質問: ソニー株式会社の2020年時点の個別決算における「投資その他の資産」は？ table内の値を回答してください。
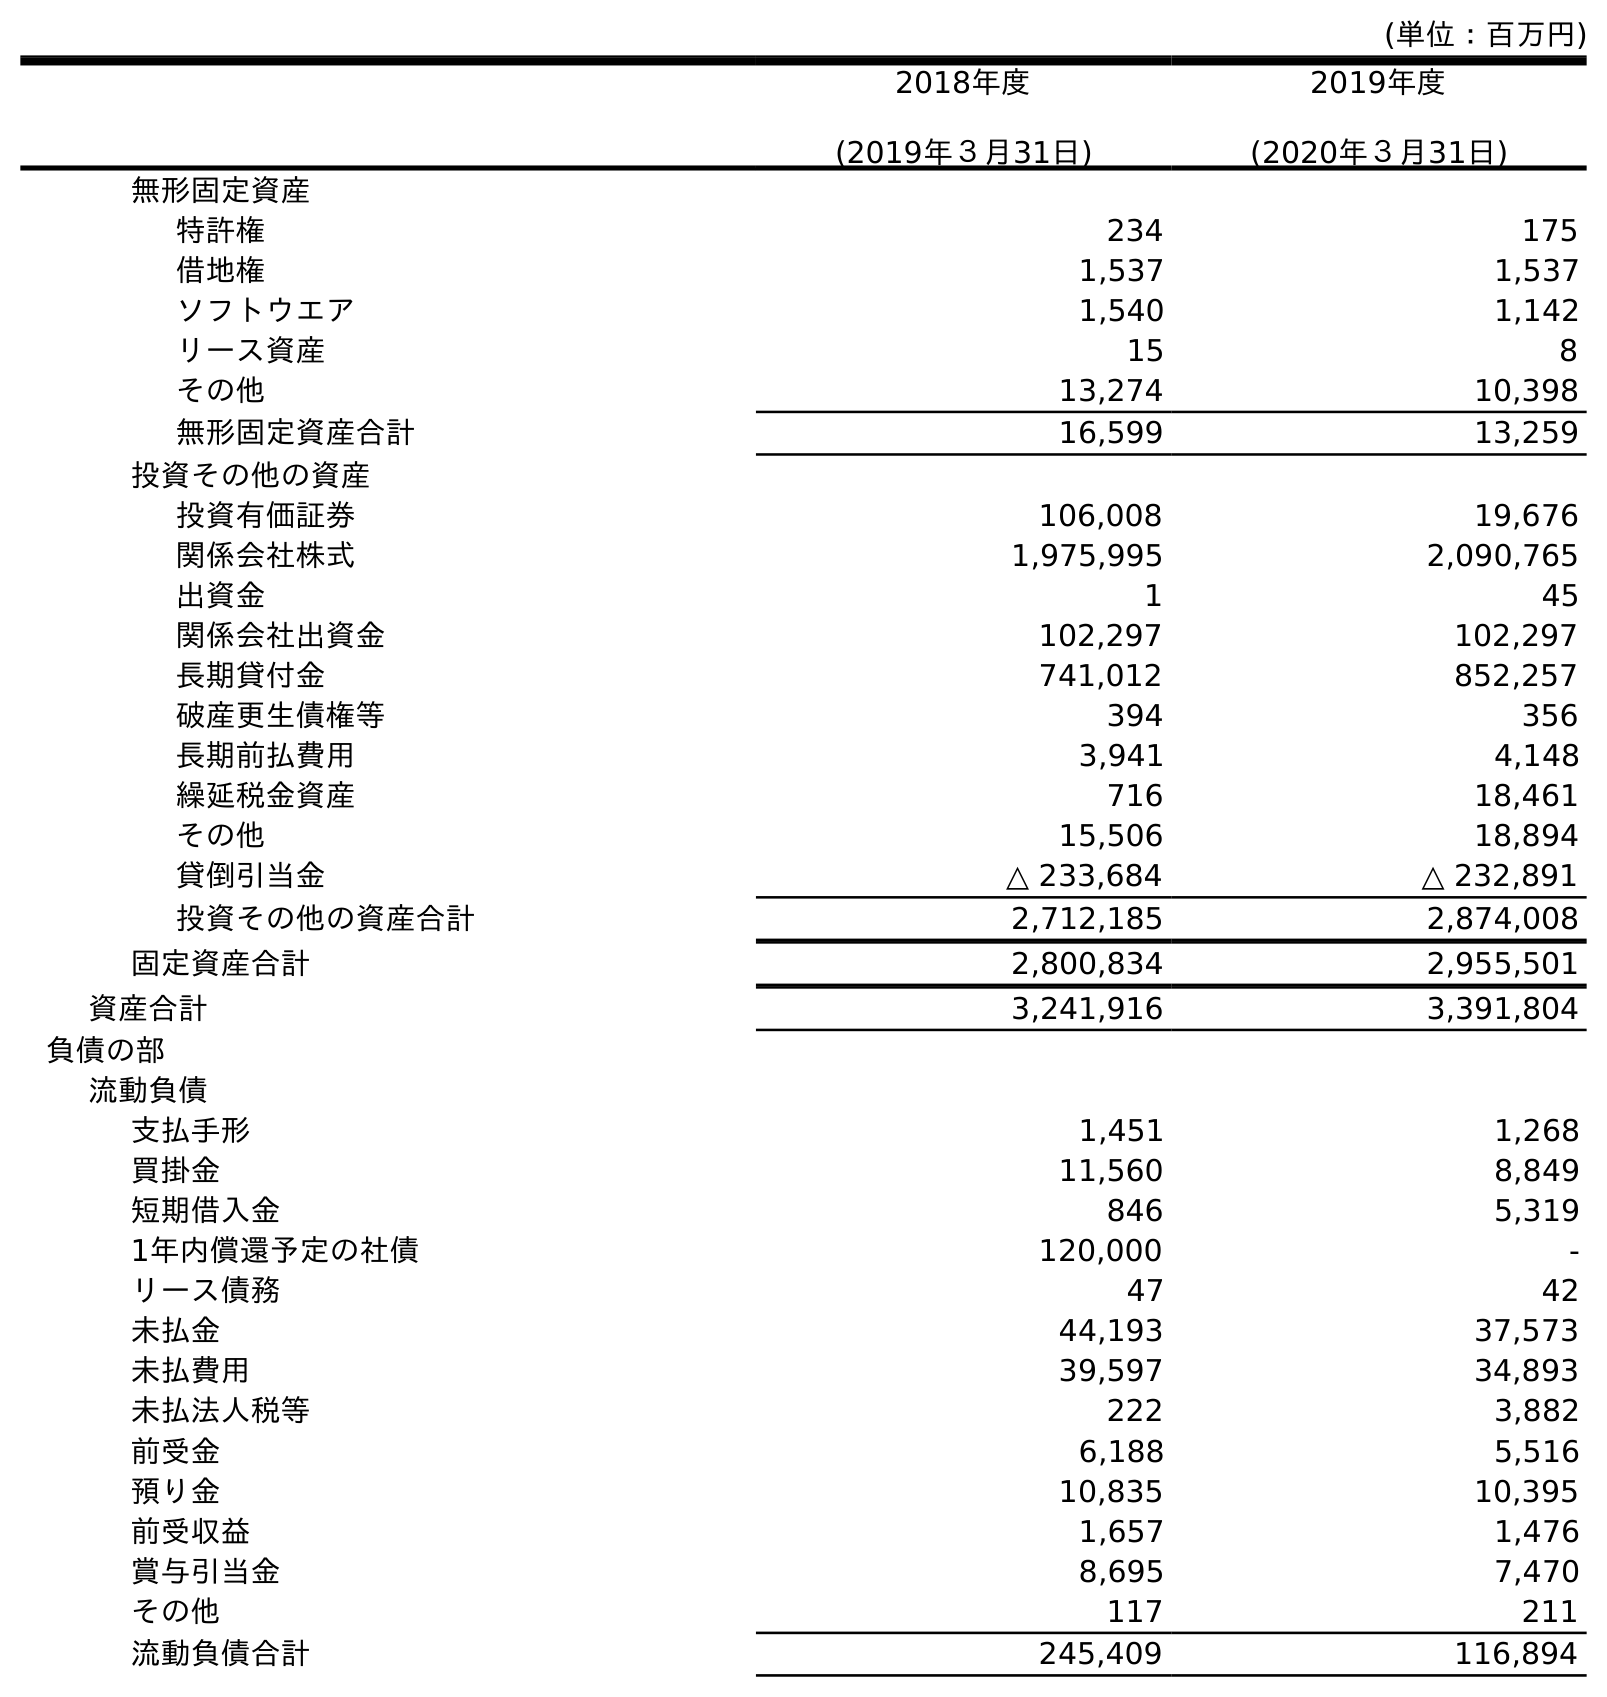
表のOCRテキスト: (単位：百万円) 2018年度 (2019年３月31日) 2019年度 (2020年３月31日) 無形固定資産 特許権 234 175 借地権 1,537 1,537 ソフトウエア 1,540 1,142 リース資産 15 8 その他 13,274 10,398 無形固定資産合計 16,599 13,259 投資その他の資産 投資有価証券 106,008 19,676 関係会社株式 1,975,995 2,090,765 出資金 1 45 関係会社出資金 102,297 102,297 長期貸付金 741,012 852,257 破産更生債権等 394 356 長期前払費用 3,941 4,148 繰延税金資産 716 18,461 その他 15,506 18,894 貸倒引当金 △ 233,684 △ 232,891 投資その他の資産合計 2,712,185 2,874,008 固定資産合計 2,800,834 2,955,501 資産合計 3,241,916 3,391,804 負債の部 流動負債 支払手形 1,451 1,268 買掛金 11,560 8,849 短期借入金 846 5,319 1年内償還予定の社債 120,000 - リース債務 47 42 未払金 44,193 37,573 未払費用 39,597 34,893 未払法人税等 222 3,882 前受金 6,188 5,516 預り金 10,835 10,395 前受収益 1,657 1,476 賞与引当金 8,695 7,470 その他 117 211 流動負債合計 245,409 116,894
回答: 2,874,008